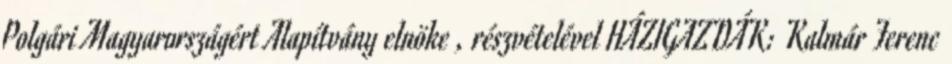
Polgári Magyarországért Alapítvány elnöke , részvételével HÁZIGAZDÁK: Kalmár Ferenc